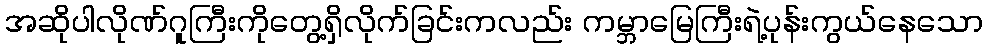
အဆိုပါလိုဏ်ဂူကြီးကိုတွေ့ရှိလိုက်ခြင်းကလည်း ကမ္ဘာမြေကြီးရဲ့ပုန်းကွယ်နေသော